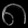
Digit: ၈